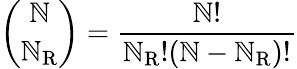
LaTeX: {\binom{\mathbb{N}}{\mathbb{N}_{\mathrm{{{R}}}}}}={\frac{{\mathbb{N}!}}{{\mathbb{N}_{\mathrm{{{R}}}}!(\mathbb{N}-\mathbb{N}_{\mathrm{{{R}}}})!}}}